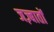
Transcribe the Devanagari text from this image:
जज़्बातों